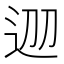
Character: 𨒀